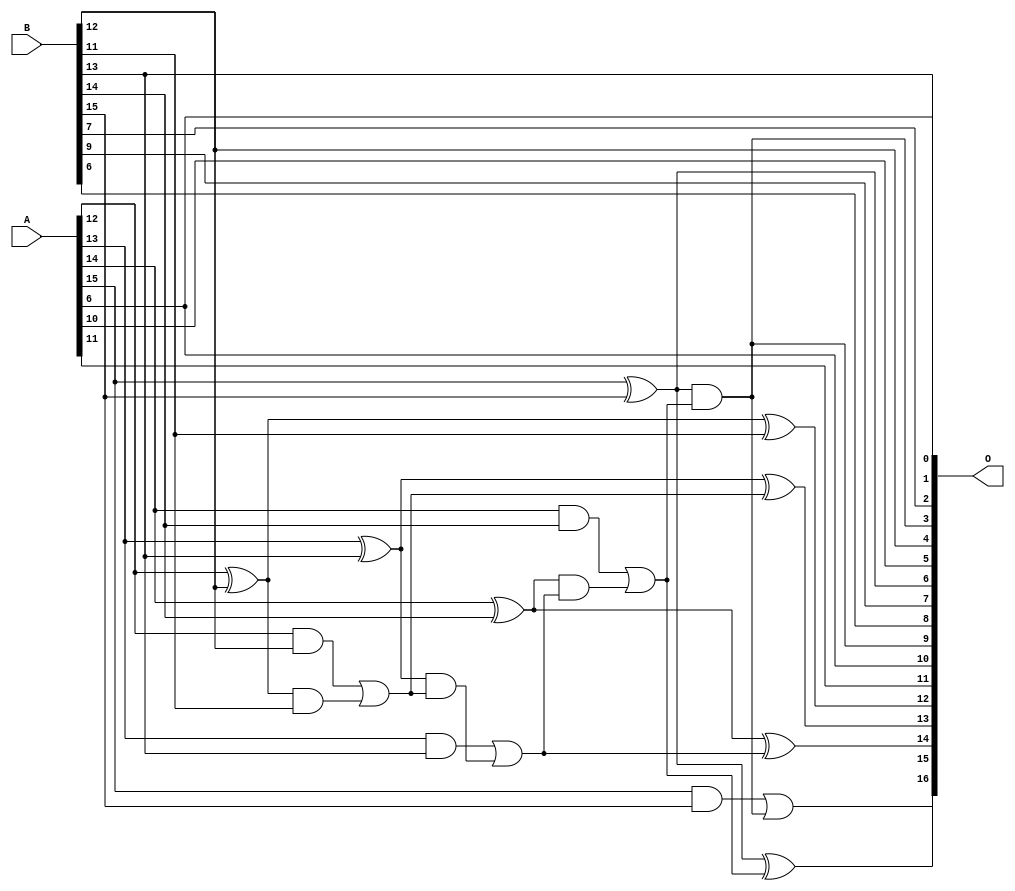
/***
* This code is a part of EvoApproxLib library (ehw.fit.vutbr.cz/approxlib) distributed under The MIT License.
* When used, please cite the following article(s): PRABAKARAN B. S., MRAZEK V., VASICEK Z., SEKANINA L., SHAFIQUE M. ApproxFPGAs: Embracing ASIC-based Approximate Arithmetic Components for FPGA-Based Systems. DAC 2020. 
***/
// MAE% = 0.91 %
// MAE = 1187 
// WCE% = 2.90 %
// WCE = 3803 
// WCRE% = 1503.12 %
// EP% = 99.98 %
// MRE% = 2.49 %
// MSE = 20515.545e2 
// FPGA_POWER = 0.34
// FPGA_DELAY = 6.8
// FPGA_LUT = 5.0


module add16u_0GK(A, B, O);
  input [15:0] A, B;
  output [16:0] O;
  wire sig_89, sig_90, sig_91, sig_93, sig_94, sig_95;
  wire sig_96, sig_98, sig_99, sig_100, sig_101, sig_103;
  wire sig_105;
  assign sig_89 = A[12] ^ B[12];
  assign sig_90 = A[12] & B[12];
  assign sig_91 = sig_89 & B[11];
  assign O[12] = sig_89 ^ B[11];
  assign sig_93 = sig_90 | sig_91;
  assign sig_94 = A[13] ^ B[13];
  assign sig_95 = A[13] & B[13];
  assign sig_96 = sig_94 & sig_93;
  assign O[13] = sig_94 ^ sig_93;
  assign sig_98 = sig_95 | sig_96;
  assign sig_99 = A[14] ^ B[14];
  assign sig_100 = A[14] & B[14];
  assign sig_101 = sig_99 & sig_98;
  assign O[14] = sig_99 ^ sig_98;
  assign sig_103 = sig_100 | sig_101;
  assign O[6] = A[15] ^ B[15];
  assign sig_105 = A[15] & B[15];
  assign O[3] = O[6] & sig_103;
  assign O[15] = O[6] ^ sig_103;
  assign O[16] = sig_105 | O[3];
  assign O[0] = B[13];
  assign O[1] = A[6];
  assign O[2] = B[7];
  assign O[4] = B[12];
  assign O[5] = A[10];
  assign O[7] = B[9];
  assign O[8] = B[6];
  assign O[9] = O[3];
  assign O[10] = A[6];
  assign O[11] = A[11];
endmodule